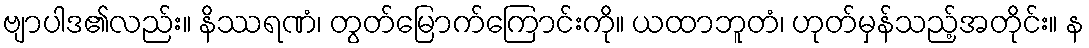
ဗျာပါဒ၏လည်း။ နိဿရဏံ၊ တွတ်မြောက်ကြောင်းကို။ ယထာဘူတံ၊ ဟုတ်မှန်သည့်အတိုင်း။ န